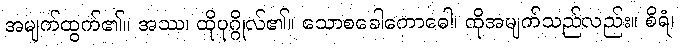
အမျက်ထွက်၏။ အဿ၊ ထိုပုဂ္ဂိုလ်၏။ သောစခေါကောဓေါ၊ ထိုအမျက်သည်လည်း။ စိရံ၊